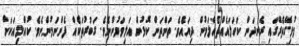
މުޅިގޭތެރޭގައި ރެނދަން ކަހަލައެއްޗެއްލަމުން ދިޔައެވެ. ތަންތަން ކޮޅުން އަލިވަމުންނެވެ. ގަބުރުތަކެއް ފެންނަމުންނެވެ. ކުއްލިއަކަށް